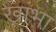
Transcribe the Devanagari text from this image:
खांभा